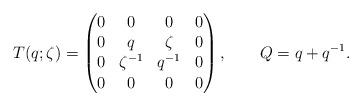
LaTeX: \begin{align*} T(q;\zeta) = \begin{pmatrix} 0 & 0 & 0 & 0 \\ 0 & q & \zeta & 0 \\ 0 & \zeta^{-1} & q^{-1} & 0 \\ 0 & 0 & 0 & 0 \end{pmatrix} , \qquad Q=q+q^{-1} .\end{align*}